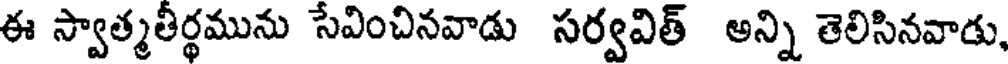
ఈ స్వాత్మతీర్థమును సేవించినవాడు సర్వవిత్ అన్ని తెలిసినవాడు,